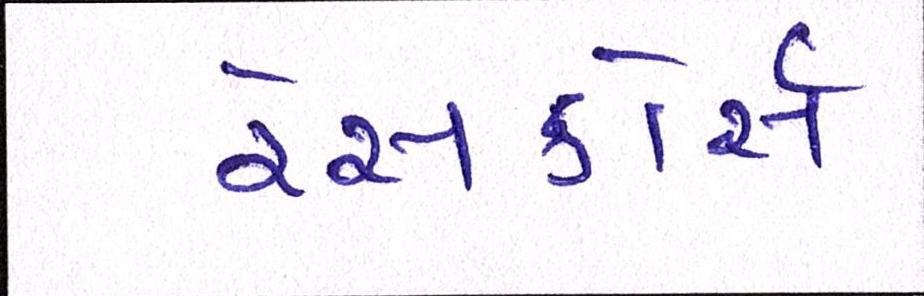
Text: રેસકોર્સ